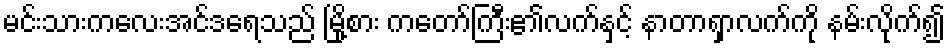
မင်းသားကလေးအင်ဒရေသည် မြို့စား ကတော်ကြီး၏လက်နှင့် နာတာရှာလက်ကို နမ်းလိုက်၍